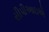
સીપીઆઇએ